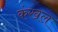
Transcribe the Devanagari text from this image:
कंखल